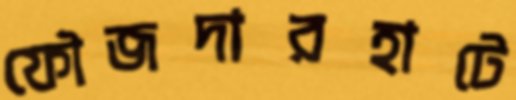
ফৌজদারহাটে